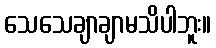
သေသေချာချာမသိပါဘူး။